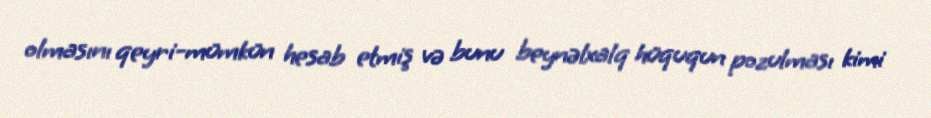
olmasını qeyri-mümkün hesab etmiş və bunu beynəlxalq hüququn pozulması kimi